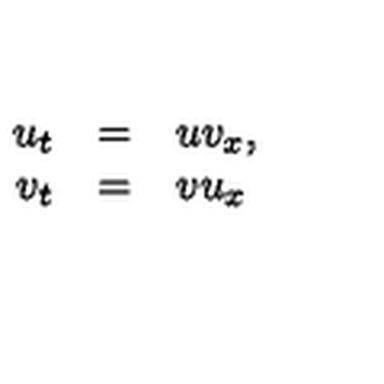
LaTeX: \begin{array} { r c l } { u _ { t } } & { = } & { u v _ { x } , } \\ { v _ { t } } & { = } & { v u _ { x } } \\ \end{array}